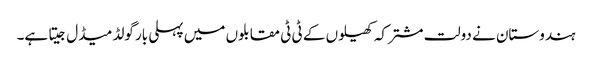
ہندوستان نے دولت مشترکہ کھیلوں کے ٹی ٹی مقابلوں میں پہلی بار گولڈ میڈل جیتا ہے۔